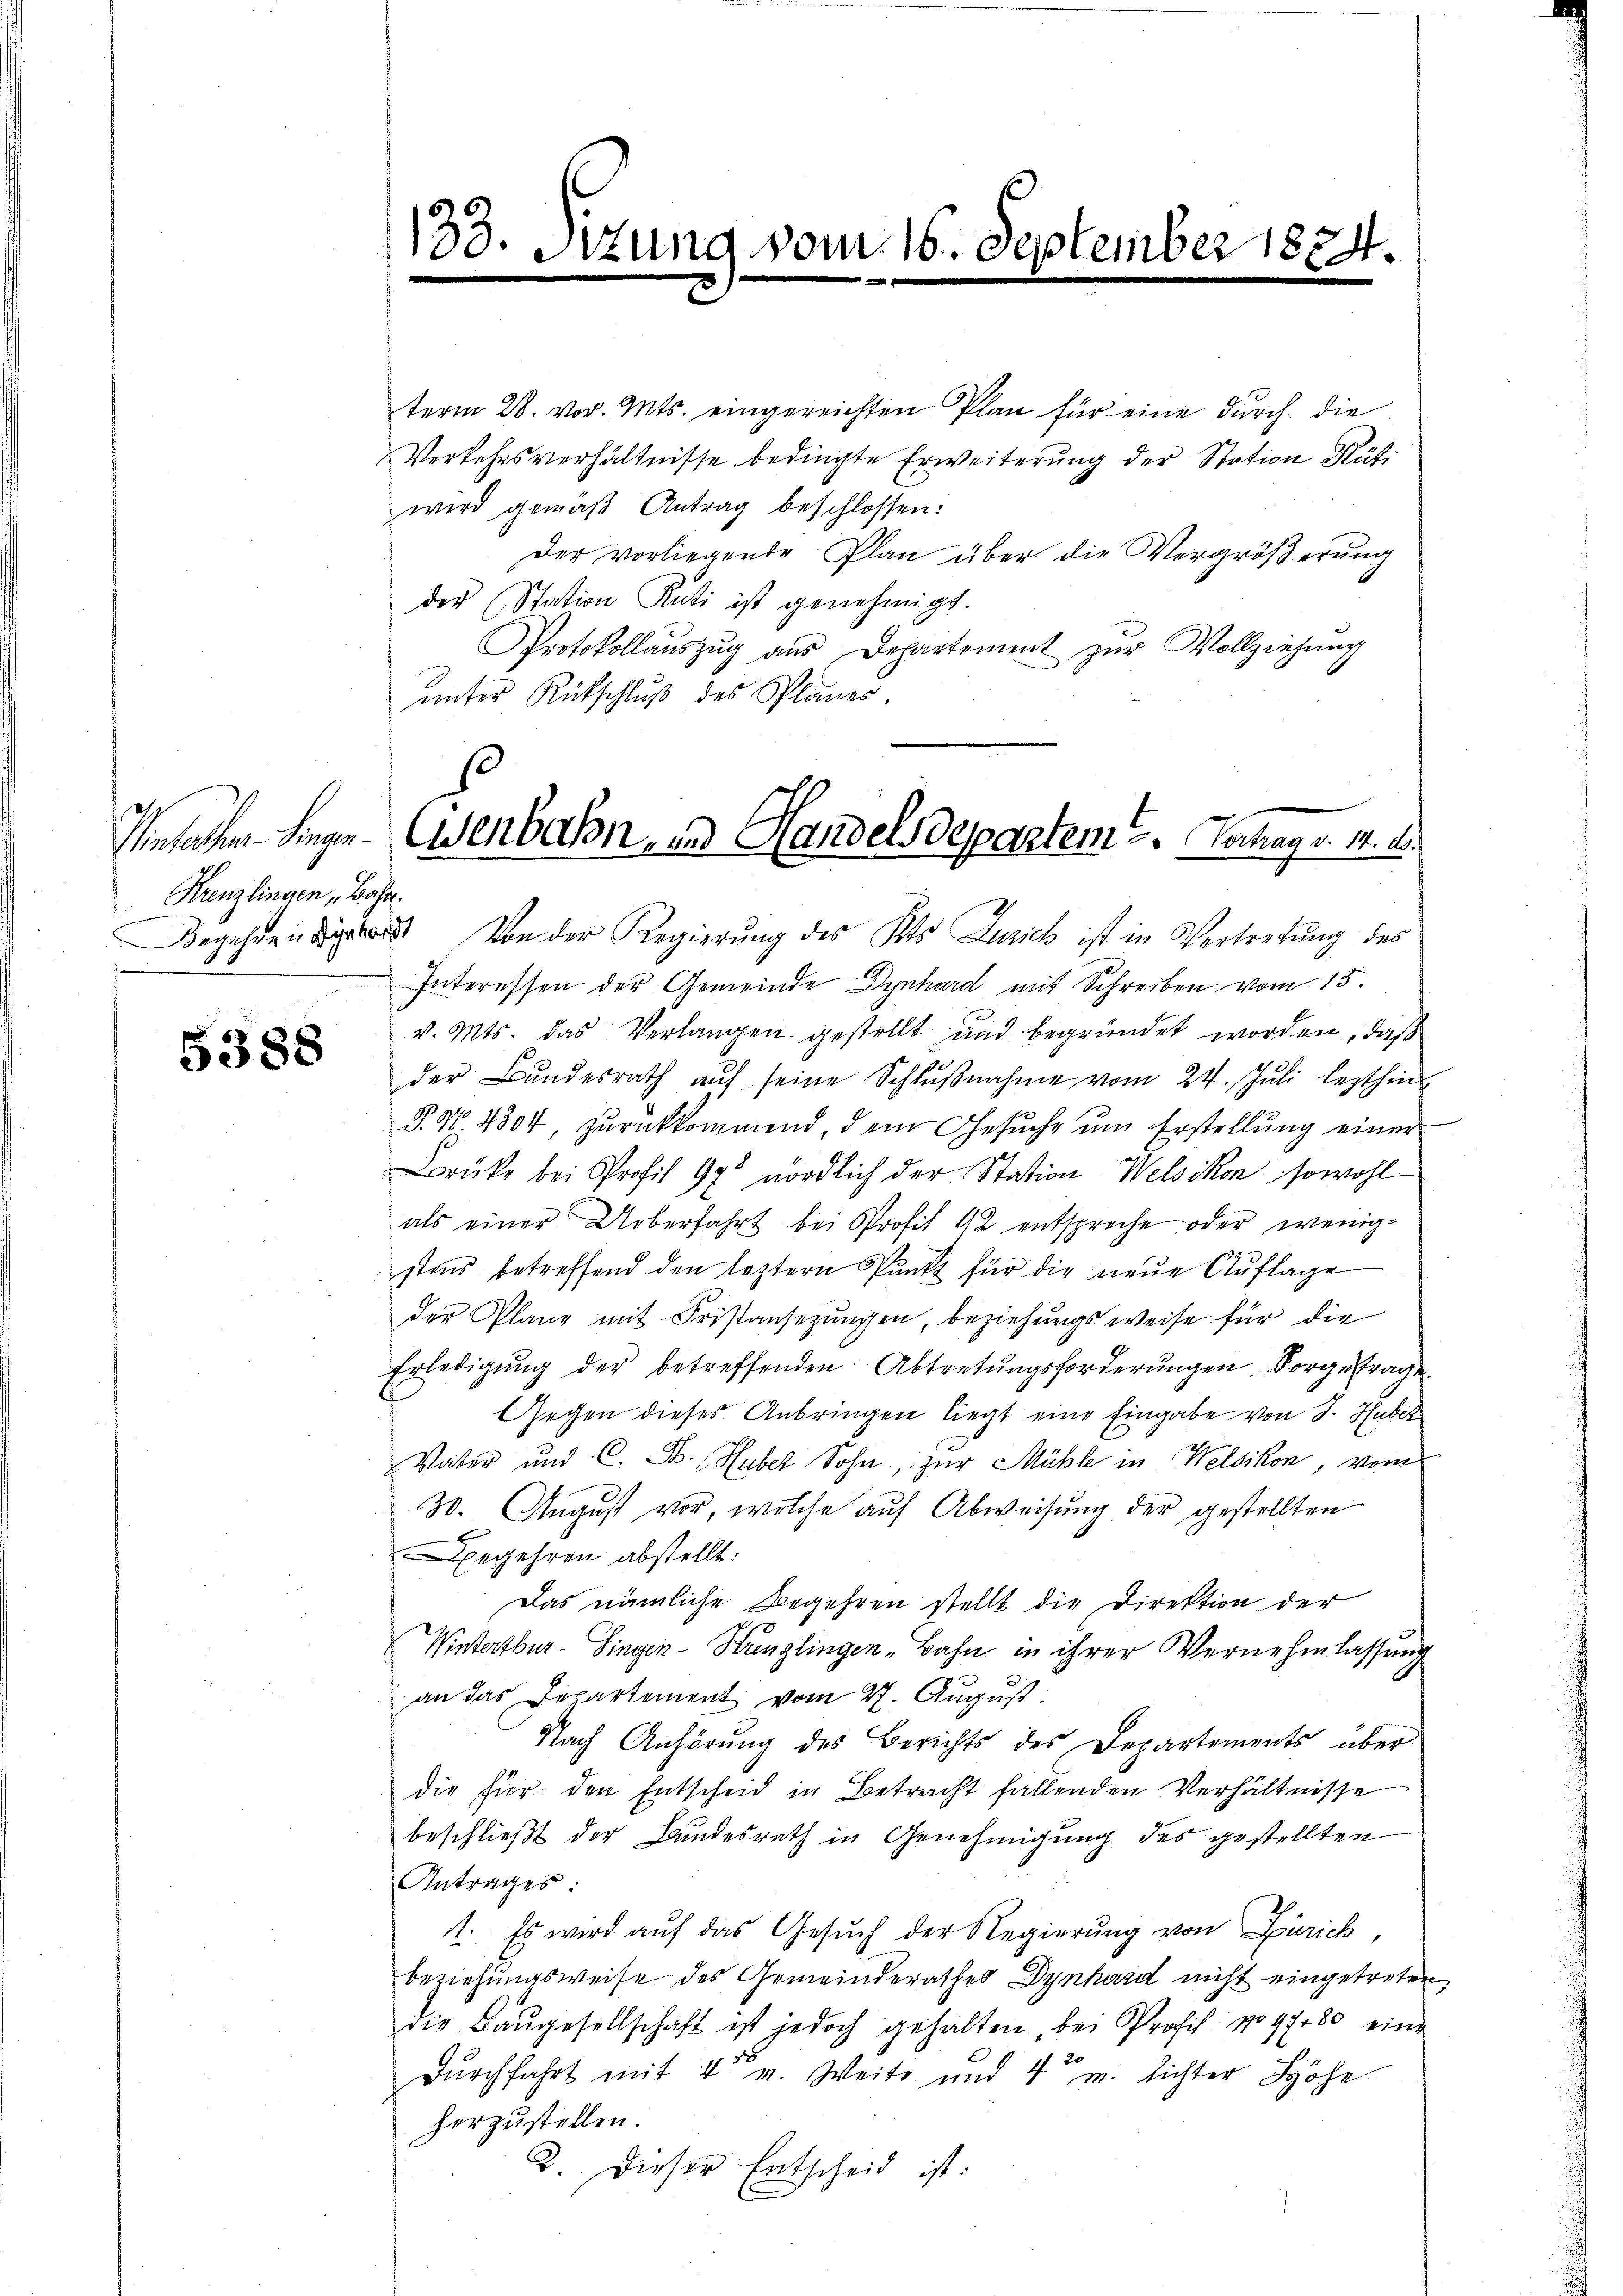
Krenzlingen, Bahn.

5388

128. Si

tung vom 15. September 1834.

term 28. vor. Mts. eingereichten Plan für eine durch die
Verkehrsverhältnisse bedingte Erweiterung der Station Rüti
wird gemäß Antrag beschlossen:
Der vorliegende Plan über die Vergrößerung
der (Station Kati ist genehmigt.
Protokollauszug aus Departement zur Vollziehung
unter Rütschluß des Planes

Unfallen Singen Adenbahn, und Handelsdepartem u. Verhags. M. D.
x

Begehren ist. Von der Regierung des Kts Zürich ist in Vertretung des
Interessen der Gemeinde Dynhard mit Schreiben vom 13.
v. Mts. das Verlangen gestellt und begründet worden, daß
der Bŭndesrath aŭf seine Schlŭβnahme vom 24. Jŭli lezthin
S. N. 4304, zurückkommend, dem Gesŭche ŭm Erstellŭng einer
Brüke bei Profit 97 nördlich der Station Welzikon sowohl
als einer Ueberfahrt bei Profit 42 entspreche oder wenigstens betreffend den leztern Punkt für die neue Auflage
der Plane mit Fristansezungen, beziehungsweise für die
Erledigŭng der betreffenden Abtretŭngsforderŭngen Sorgetrage
Gegen dieses Anbringen liegt eine Eingabe von S. Huber
Vater und C. H. Huber Sohn, zur Mühle in Welsikon, vom
30. August vor, welche auf Abweisung der gestellten
Begehren abstellt:
Das nämliche Begehren stellt die Direktion der
Winterthur–Singen-Kringlingen Bahn in ihrer Vernehmlassung
an das Departement vom 27. August.
Nach Anhörung des Berichts des Departements über
die für den Entscheid in Betracht fallenden Verhältnisse
beschließt der Bundesrath in Genehmigung des gestellten
Antrages:
1. Es wird auf das Gesuch der Regierung von Zürich,
beziehungsweise des Gemeinderathes Dynhard nicht eingetreten
die Baŭgesellschaft ist jedoch gehalten, bei Profil No 97280 eine
20
Durchfahrt mit 4 v. Weite und 4 m. lichter Höhe
herzustellen.
2. Dieser Entscheid ist: